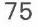
75